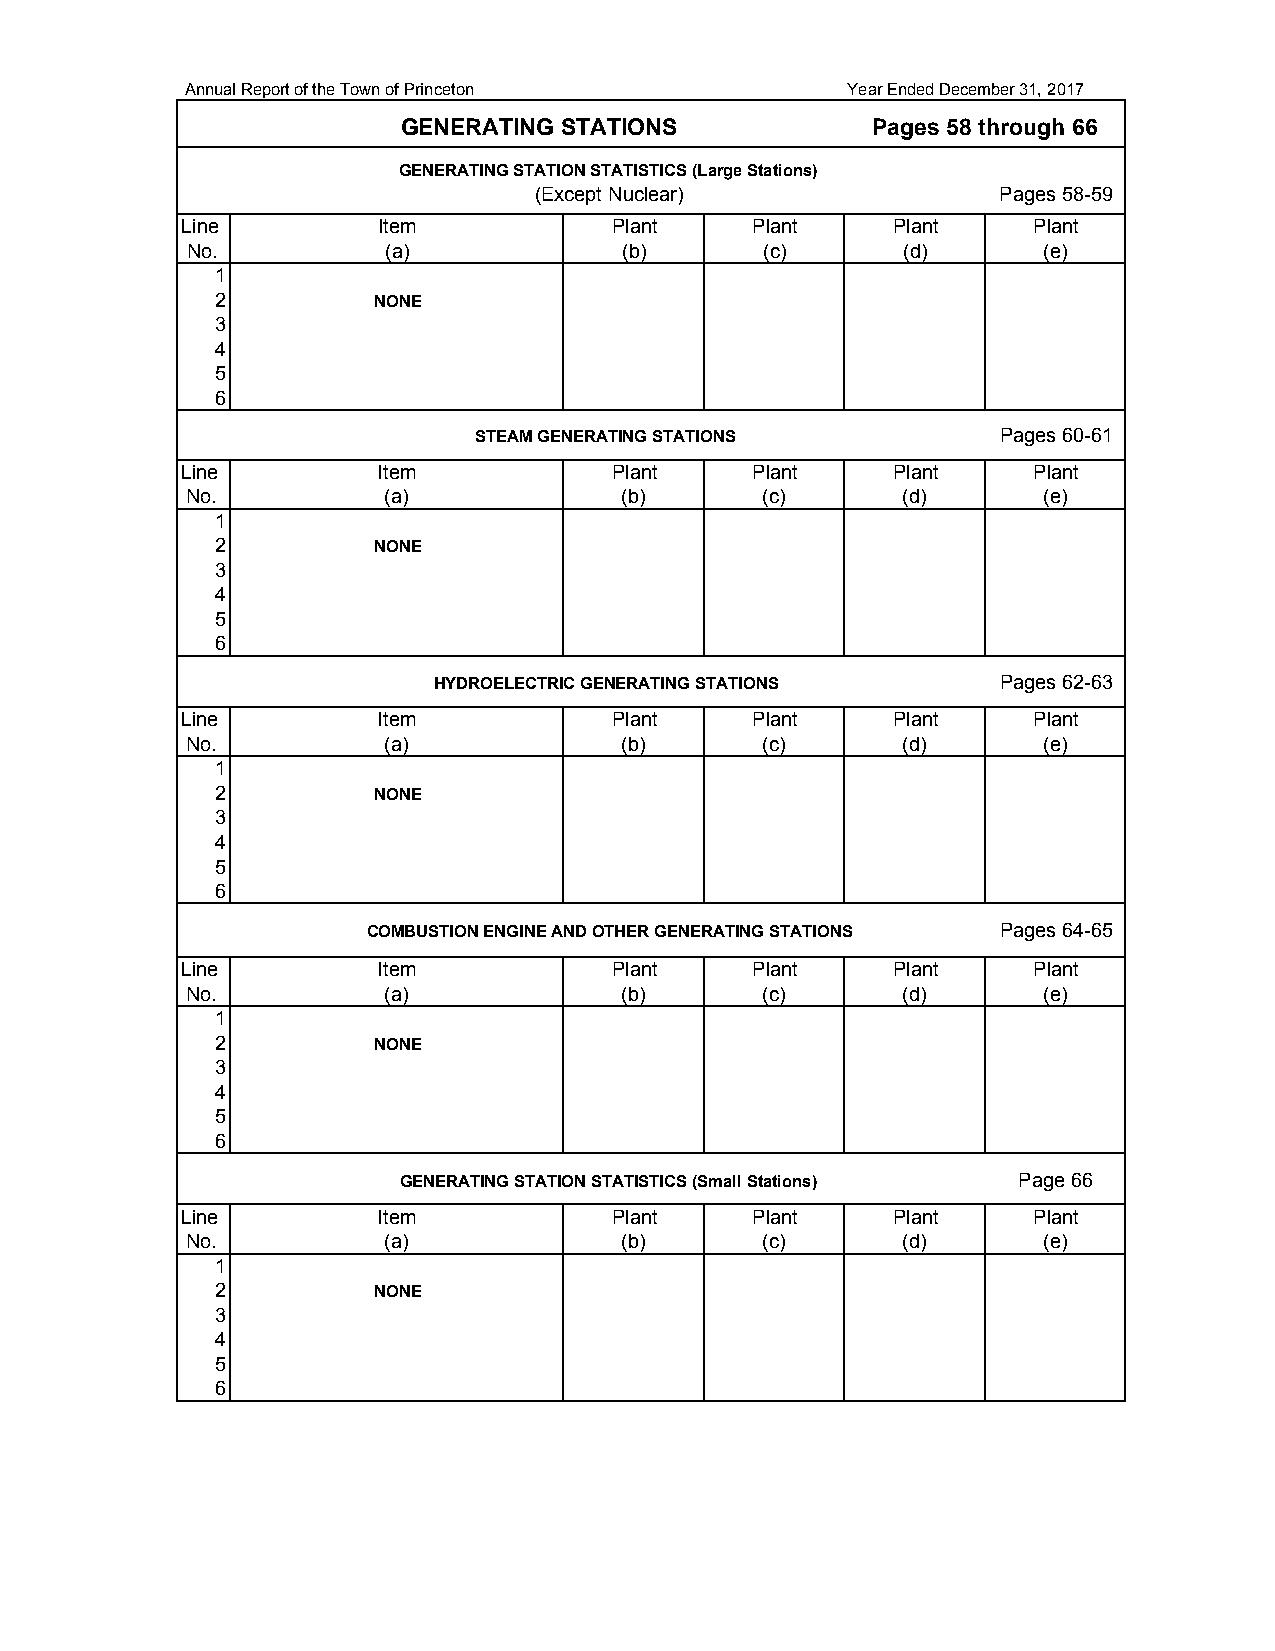
Annual Report of the Town of Princeton      Year Ended December 31, 2017
 GENERATING STATIONS            Pages 58 through 66
 GENERATING STATION STATISTICS (Large Stations)
 (Except Nuclear)               Pages 58-59
 Line         Item            Plant    Plant    Plant    Plant
 No.          (a)             (b)       (c)      (d)      (e)
 1
 2          NONE
 3
 4
 5
 6
 STEAM GENERATING STATIONS          Pages 60-61
 Line         Item            Plant    Plant    Plant    Plant
 No.          (a)             (b)       (c)      (d)      (e)
 1
 2          NONE
 3
 4
 5
 6
 HYDROELECTRIC GENERATING STATIONS    Pages 62-63
 Line         Item            Plant    Plant    Plant    Plant
 No.          (a)             (b)       (c)      (d)      (e)
 1
 2          NONE
 3
 4
 5
 6
 COMBUSTION ENGINE AND OTHER GENERATING STATIONS Pages 64-65
 Line         Item            Plant    Plant    Plant    Plant
 No.          (a)             (b)       (c)      (d)      (e)
 1
 2          NONE
 3
 4
 5
 6
 GENERATING STATION STATISTICS (Small Stations) Page 66
 Line         Item            Plant    Plant    Plant    Plant
 No.          (a)             (b)       (c)      (d)      (e)
 1
 2          NONE
 3
 4
 5
 6